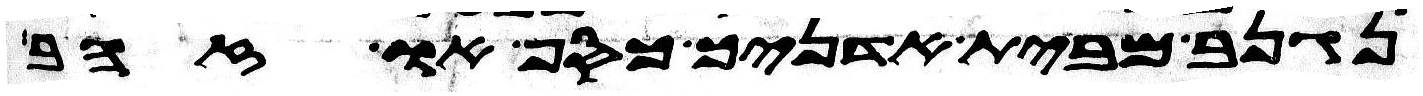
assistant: נגנב מבית אדניך כסף או זהב